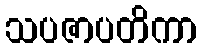
သပဇာပတိကာ